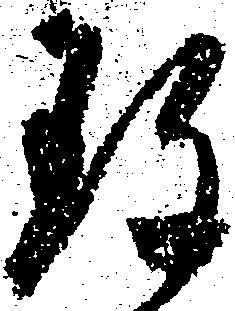
珍